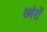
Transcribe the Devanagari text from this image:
ख्मेरों